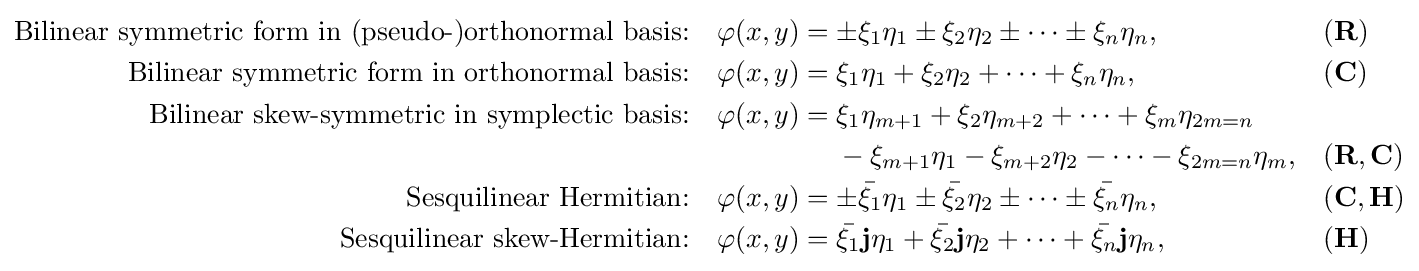
{\begin{aligned}{\text{Bilinear symmetric form in (pseudo-)orthonormal basis:}}\quad \varphi (x,y)={}&{\pm }\xi _{1}\eta _{1}\pm \xi _{2}\eta _{2}\pm \cdots \pm \xi _{n}\eta _{n},&&(\mathbf {R} )\\{\text{Bilinear symmetric form in orthonormal basis:}}\quad \varphi (x,y)={}&\xi _{1}\eta _{1}+\xi _{2}\eta _{2}+\cdots +\xi _{n}\eta _{n},&&(\mathbf {C} )\\{\text{Bilinear skew-symmetric in symplectic basis:}}\quad \varphi (x,y)={}&\xi _{1}\eta _{m+1}+\xi _{2}\eta _{m+2}+\cdots +\xi _{m}\eta _{2m=n}\\&-\xi _{m+1}\eta _{1}-\xi _{m+2}\eta _{2}-\cdots -\xi _{2m=n}\eta _{m},&&(\mathbf {R} ,\mathbf {C} )\\{\text{Sesquilinear Hermitian:}}\quad \varphi (x,y)={}&{\pm }{\bar {\xi _{1}}}\eta _{1}\pm {\bar {\xi _{2}}}\eta _{2}\pm \cdots \pm {\bar {\xi _{n}}}\eta _{n},&&(\mathbf {C} ,\mathbf {H} )\\{\text{Sesquilinear skew-Hermitian:}}\quad \varphi (x,y)={}&{\bar {\xi _{1}}}\mathbf {j} \eta _{1}+{\bar {\xi _{2}}}\mathbf {j} \eta _{2}+\cdots +{\bar {\xi _{n}}}\mathbf {j} \eta _{n},&&(\mathbf {H} )\end{aligned}}